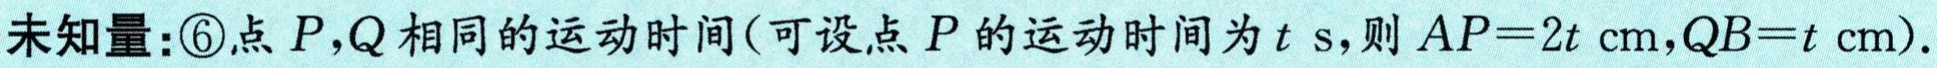
未知量：\textcircled{6}点 \(P,Q\) 相同的运动时间（可设点 \(P\) 的运动时间为 \(t\ s\)，则 \(AP = 2t\ cm\)，\(QB=t\ cm\)）.